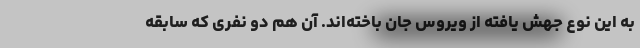
به این نوع جهش یافته از ویروس جان باخته‌اند. آن هم دو نفری که سابقه